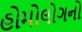
હોમોલોગનો